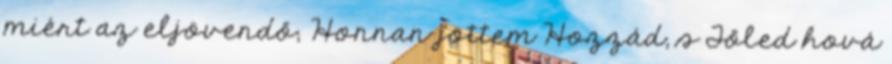
miért az eljövendő; Honnan jöttem Hozzád, s Tőled hová